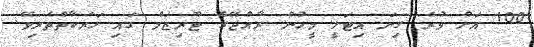
100 އަށް ވުރެ ގިނަ އިޓަލީ މީހުން ރާއްޖޭގެ ޓޫރިޒަމް ގައި ހަރަކާތްތެރިވޭ.